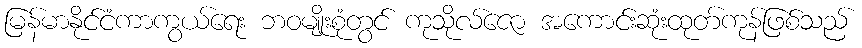
မြန်မာနိုင်ငံကာကွယ်ရေး ဘဝမျိုးစုံတွင် ကုသိုလ်ဇော အကောင်းဆုံးထုတ်ကုန်ဖြစ်သည်